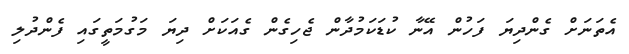
އެތަނަށް ގެންދިޔަ ފަހުން އޭނާ ކުޑަކަމުދާން ޖެހިގެން ގެއަކަށް ދިޔަ މަގުމަތީގައި ފެންދުލި